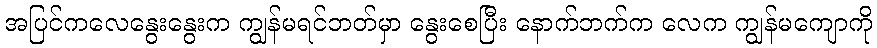
အပြင်ကလေနွေးနွေးက ကျွန်မရင်ဘတ်မှာ နွေးစေပြီး နောက်ဘက်က လေက ကျွန်မကျောကို